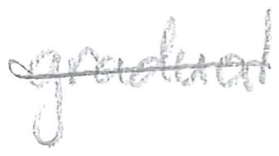
Text: gradual
Cross-out: single-line
Writing tool: pencil